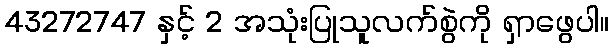
43272747 နှင့် 2 အသုံးပြုသူလက်စွဲကို ရှာဖွေပါ။